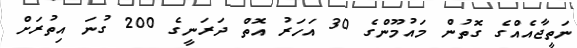
ނަތީޖާއެއްގެ ގޮތުން މައުމޫންގެ 30 އަހަރު އޮތް ދަރަނީގެ 200 ގުނަ އިތުރަށް